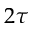
2 \tau